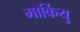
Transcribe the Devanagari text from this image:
मार्कियु